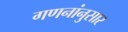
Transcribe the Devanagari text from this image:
गणनांनुसार